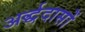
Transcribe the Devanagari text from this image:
अर्द्धदासों